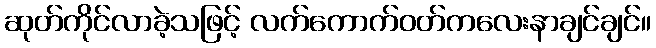
ဆုတ်ကိုင်လာခဲ့သဖြင့် လက်ကောက်ဝတ်ကလေးနာချင်ချင်။